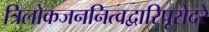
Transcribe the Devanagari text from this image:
त्रिलोकजननित्वद्वारिपूरोदरे